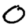
Digit: 0